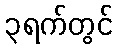
၃ရက်တွင်